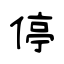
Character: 停